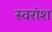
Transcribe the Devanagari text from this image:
स्वरांश